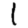
Digit: 1